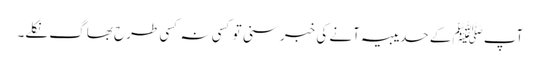
آپﷺ کے حدیبیہ آنے کی خبر سنی تو کسی نہ کسی طرح بھاگ نکلے۔